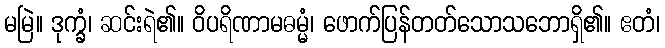
မမြဲ။ ဒုက္ခံ၊ ဆင်းရဲ၏။ ဝိပရိဏာမဓမ္မံ၊ ဖောက်ပြန်တတ်သောသဘောရှိ၏။ ဧတံ၊